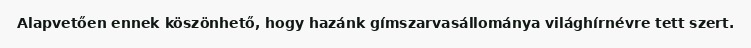
Alapvetően ennek köszönhető, hogy hazánk gímszarvasállománya világhírnévre tett szert.